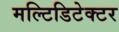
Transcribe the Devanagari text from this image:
मल्टिडिटेक्टर